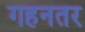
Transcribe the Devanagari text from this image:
गहनतर